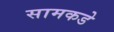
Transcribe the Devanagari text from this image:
सामकडे